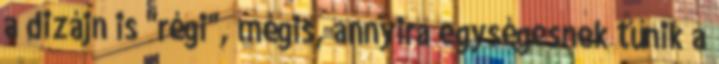
a dizájn is "régi", mégis, annyira egységesnek tűnik a